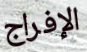
الإفراج